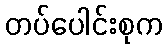
တပ်ပေါင်းစုက